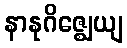
နာနုဂိဇ္ဈေယျ